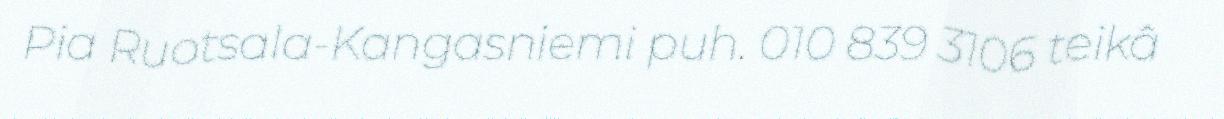
Pia Ruotsala-Kangasniemi puh. 010 839 3106 teikâ